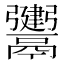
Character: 𩱤